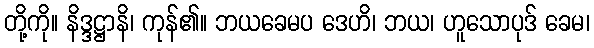
တို့ကို။ နိဒ္ဒဋ္ဌာနိ၊ ကုန်၏။ ဘယခေမပ ဒေဟိ၊ ဘယ၊ ဟူသောပုဒ် ခေမ၊